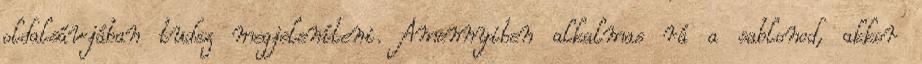
oldalsávjában tudsz megjeleníteni. Amennyiben alkalmas rá a sablonod, akkor